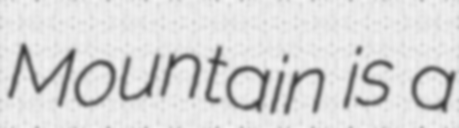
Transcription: Mountain is a